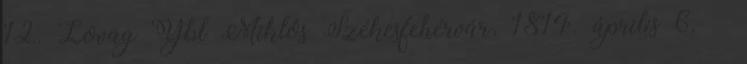
12. Lovag Ybl Miklós Székesfehérvár, 1814. április 6. –